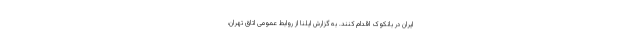
ایران در بانکوک اقدام کنند. به گزارش ایلنا از روابط عمومی اتاق تهران،